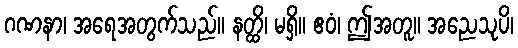
ဂဏနာ၊ အရေအတွက်သည်။ နတ္ထိ၊ မရှိ။ ဧဝံ၊ ဤအတူ။ အညေသုပိ၊